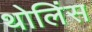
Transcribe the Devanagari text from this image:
थोलिंस